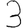
Digit: 3